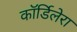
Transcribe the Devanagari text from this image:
कॉर्डिलेरा